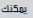
يمكنك